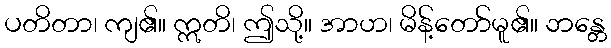
ပတိတာ၊ ကျ၏။ ဣတိ၊ ဤသို့။ အာဟ၊ မိန့်တော်မူ၏။ ဘန္တေ